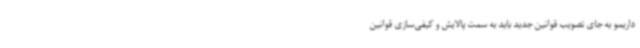
داریمو به جای تصویب قوانین جدید باید به سمت پالایش و کیفی‌سازی قوانین